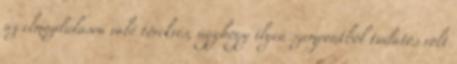
az elmozdulásra való törekvés, úgyhogy ilyen szempontból tudatos volt